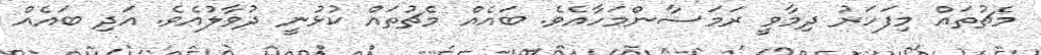
މެޗުތައް މިފަހަރު ދިމާވީ ރަމަޟާންމަހާއެވެ. ބައެއް މެޗުތައް ކުޅުނީ ދުވާލުއެވެ. އަދި ބައެއް